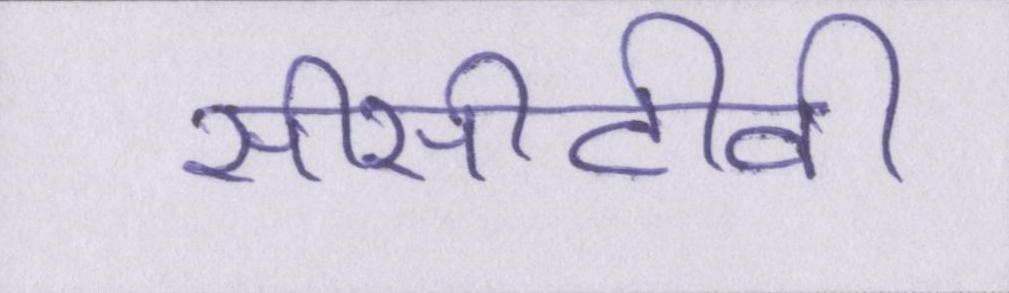
सीसीटीवी